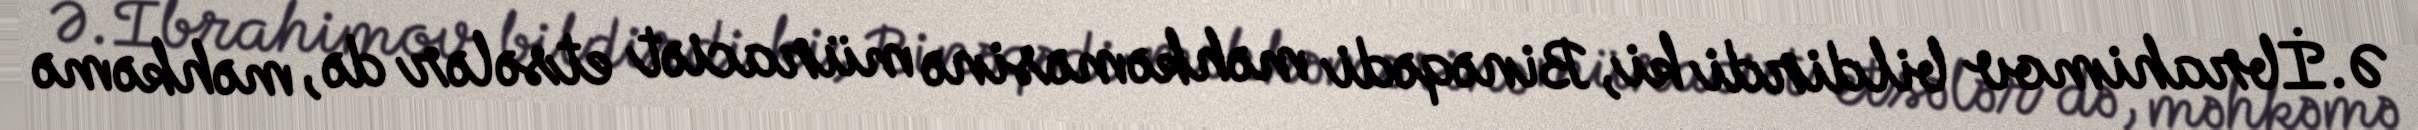
Ə.İbrahimov bildirdi ki, Binəqədi məhkəməsinə müraciət etsələr də, məhkəmə